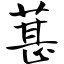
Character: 葚